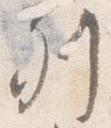
列